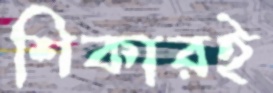
শিকারই